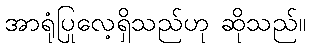
အာရုံပြုလေ့ရှိသည်ဟု ဆိုသည်။